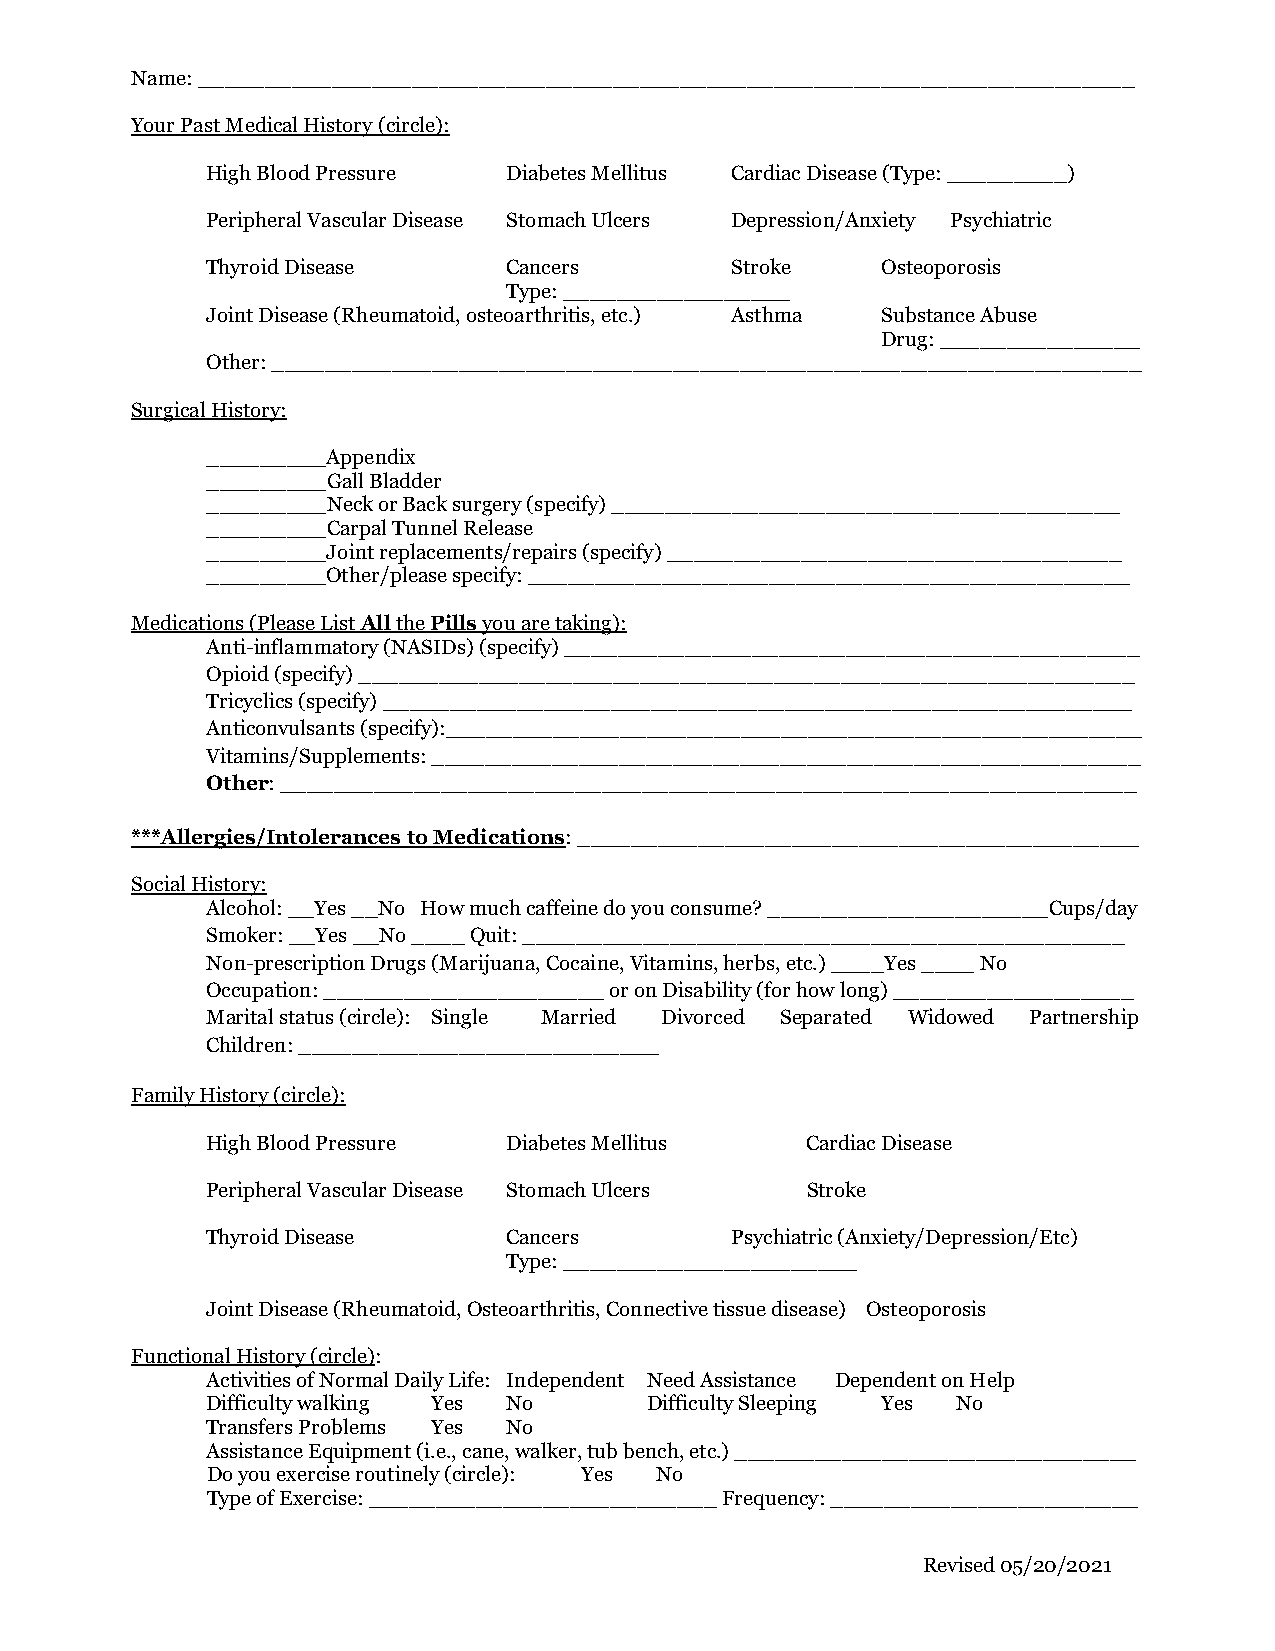
Name: ______________________________________________________________________
 Your Past Medical History (circle):
 High Blood Pressure Diabetes Mellitus Cardiac Disease (Type: _________)
 Peripheral Vascular Disease Stomach Ulcers Depression/Anxiety Psychiatric
 Thyroid Disease     Cancers       Stroke    Osteoporosis
 Type: _________________
 Joint Disease (Rheumatoid, osteoarthritis, etc.) Asthma Substance Abuse
 Drug: _______________
 Other: _________________________________________________________________
 Surgical History:
 _________Appendix
 _________Gall Bladder
 _________Neck or Back surgery (specify) ______________________________________
 _________Carpal Tunnel Release
 _________Joint replacements/repairs (specify) __________________________________
 _________Other/please specify: _____________________________________________
 Medications (Please List All the Pills you are taking):
 Anti-inflammatory (NASIDs) (specify) ___________________________________________
 Opioid (specify) __________________________________________________________
 Tricyclics (specify) ________________________________________________________
 Anticonvulsants (specify):____________________________________________________
 Vitamins/Supplements: _____________________________________________________
 Other: ________________________________________________________________
 ***Allergies/Intolerances to Medications: __________________________________________
 Social History:
 Alcohol: __Yes __No How much caffeine do you consume? _____________________Cups/day
 Smoker: __Yes __No ____ Quit: _____________________________________________
 Non-prescription Drugs (Marijuana, Cocaine, Vitamins, herbs, etc.) ____Yes ____ No
 Occupation: _____________________ or on Disability (for how long) __________________
 Marital status (circle): Single Married Divorced Separated Widowed Partnership
 Children: ___________________________
 Family History (circle):
 High Blood Pressure Diabetes Mellitus  Cardiac Disease
 Peripheral Vascular Disease Stomach Ulcers Stroke
 Thyroid Disease     Cancers       Psychiatric (Anxiety/Depression/Etc)
 Type: ______________________
 Joint Disease (Rheumatoid, Osteoarthritis, Connective tissue disease) Osteoporosis
 Functional History (circle):
 Activities of Normal Daily Life: Independent Need Assistance Dependent on Help
 Difficulty walking Yes No    Difficulty Sleeping Yes No
 Transfers Problems Yes No
 Assistance Equipment (i.e., cane, walker, tub bench, etc.) ______________________________
 Do you exercise routinely (circle): Yes No
 Type of Exercise: __________________________ Frequency: _______________________
 Revised 05/20/2021